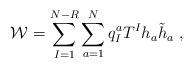
LaTeX: \begin{align*}{\cal W}=\sum_{I=1}^{N-R} \sum_{a=1}^{N} q_I^a T^I h_a \tilde h_a\; ,\end{align*}